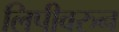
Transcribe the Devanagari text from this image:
लिपीवरुन